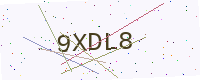
Text: 9XDL8